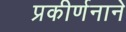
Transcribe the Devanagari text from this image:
प्रकीर्णनाने